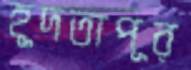
হূদতাপূর